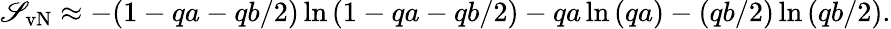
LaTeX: \mathscr{S}_{\mathrm{{vN}}}\approx-(1-qa-qb/2)\ln{(1-qa-qb/2)}-qa\ln{(qa)}-(qb/2)\ln{(qb/2)}.